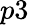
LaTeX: p3